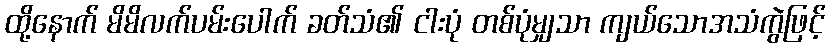
ထို့နောက် မိမိလက်ပမ်းပေါက် ခတ်သံ၏ ငါးပုံ တစ်ပုံမျှသာ ကျယ်သောအသံကွဲဖြင့်